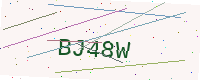
Text: BJ48W